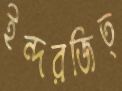
ইন্দরজিত্